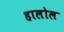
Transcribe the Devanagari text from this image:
हालोल